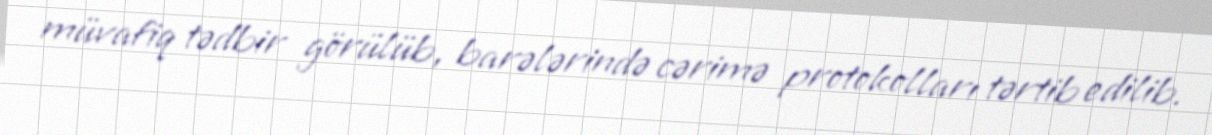
müvafiq tədbir görülüb, barələrində cərimə protokolları tərtib edilib.